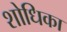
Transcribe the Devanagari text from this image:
शोधिका